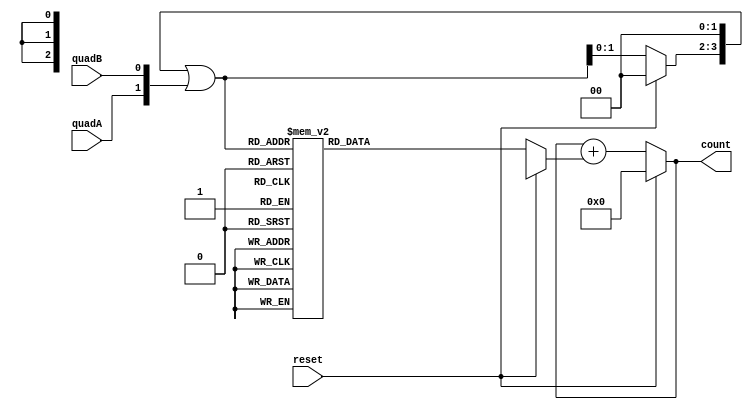
/*
 * Read rotary/quadrature encoder using no clock
 *
 * Implementation of https://github.com/theapi/hdd_rotary_encoder/blob/master/HDDRotaryEncoder/HDDRotaryEncoder.ino
 *
 */

module quadrature_decode(
    reset,
    quadA, 
    quadB, 
    count
);
    input reset, quadA, quadB;
    output [7:0] count;

    reg [3:0] combined; // previous & current readings
    reg [7:0] total;
    reg [2:0] num;

    always @ ( * )
    begin
        if (reset) begin
            combined = 4'b0000;
            total = 0;
            num = 0;
        end
        else begin
            // combine current with previous
            // left shift 
            combined = combined << 2;
            combined = combined | {quadA, quadB};

            num = 0;
            case (combined)
                4'b0000 : num =  2'd0;
                4'b0001 : num = -2'd1;
                4'b0010 : num =  2'd1;
                4'b0011 : num =  2'd0;

                4'b0100 : num =  2'd1;
                4'b0101 : num =  2'd0;
                4'b0110 : num =  2'd0;
                4'b0111 : num = -2'd1;

                4'b1000 : num = -2'd1;
                4'b1001 : num =  2'd0;
                4'b1010 : num =  2'd0;
                4'b1011 : num =  2'd1;

                4'b1100 : num =  2'd0;
                4'b1101 : num =  2'd1;
                4'b1110 : num = -2'd1;
                4'b1111 : num =  2'd0;
            endcase
            
            
            total = $signed(total) + $signed(num);
            
            
        end
    end
    
    assign count = total;
endmodule